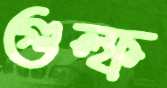
গুল্ফ